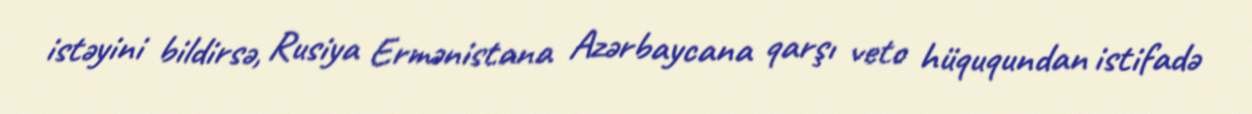
istəyini bildirsə, Rusiya Ermənistana Azərbaycana qarşı veto hüququndan istifadə